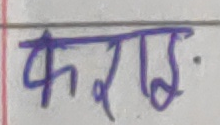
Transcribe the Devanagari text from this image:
फराइ.